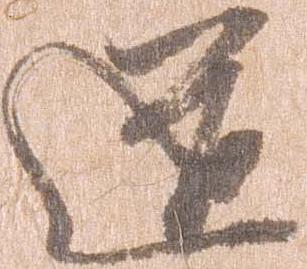
道